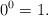
LaTeX: \begin{align*}0^0=1.\end{align*}